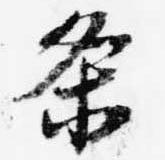
条